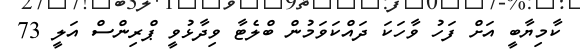
ކާމިޔާބީ އަށް ފަހު ވާހަކަ ދައްކަވަމުން ބްލެޓާ ވިދާޅުވީ ޕްރިންސް އަލީ 73